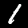
Digit: 1